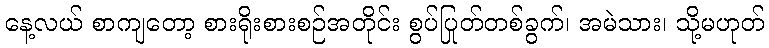
နေ့လယ် စာကျတော့ စားရိုးစားစဉ်အတိုင်း စွပ်ပြုတ်တစ်ခွက်၊ အမဲသား၊ သို့မဟုတ်